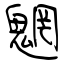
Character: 魍